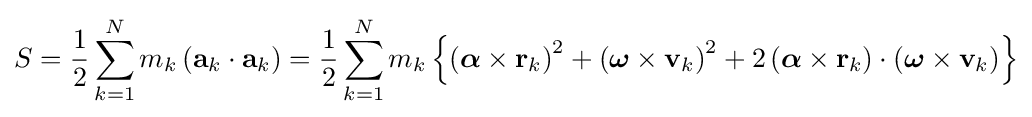
S={\frac {1}{2}}\sum _{k=1}^{N}m_{k}\left(\mathbf {a} _{k}\cdot \mathbf {a} _{k}\right)={\frac {1}{2}}\sum _{k=1}^{N}m_{k}\left\{\left({\boldsymbol {\alpha }}\times \mathbf {r} _{k}\right)^{2}+\left({\boldsymbol {\omega }}\times \mathbf {v} _{k}\right)^{2}+2\left({\boldsymbol {\alpha }}\times \mathbf {r} _{k}\right)\cdot \left({\boldsymbol {\omega }}\times \mathbf {v} _{k}\right)\right\}